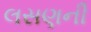
લસણની